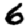
Digit: 6